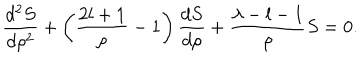
\frac { d ^ { 2 } S } { d \rho ^ { 2 } } + \left( \frac { 2 l + 1 } { \rho } - 1 \right) \frac { d S } { d \rho } + \frac { \lambda - l - 1 } { \rho } S = 0 .